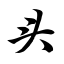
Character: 头